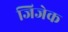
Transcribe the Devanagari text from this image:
जिजेक